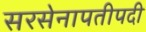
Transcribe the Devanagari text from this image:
सरसेनापतीपदी